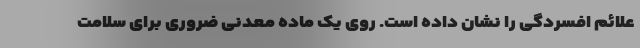
علائم افسردگی را نشان داده است. روی یک ماده معدنی ضروری برای سلامت